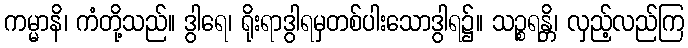
ကမ္မာနိ၊ ကံတို့သည်။ ဒွါရေ၊ ရိုးရာဒွါရမှတစ်ပါးသောဒွါရ၌။ သဉ္စရန္တိ၊ လှည့်လည်ကြ